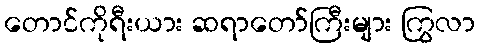
တောင်ကိုရီးယား ဆရာတော်ကြီးများ ကြွလာ